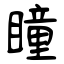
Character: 瞳